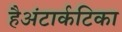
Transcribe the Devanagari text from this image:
हैअंटार्कटिका